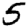
Digit: 5